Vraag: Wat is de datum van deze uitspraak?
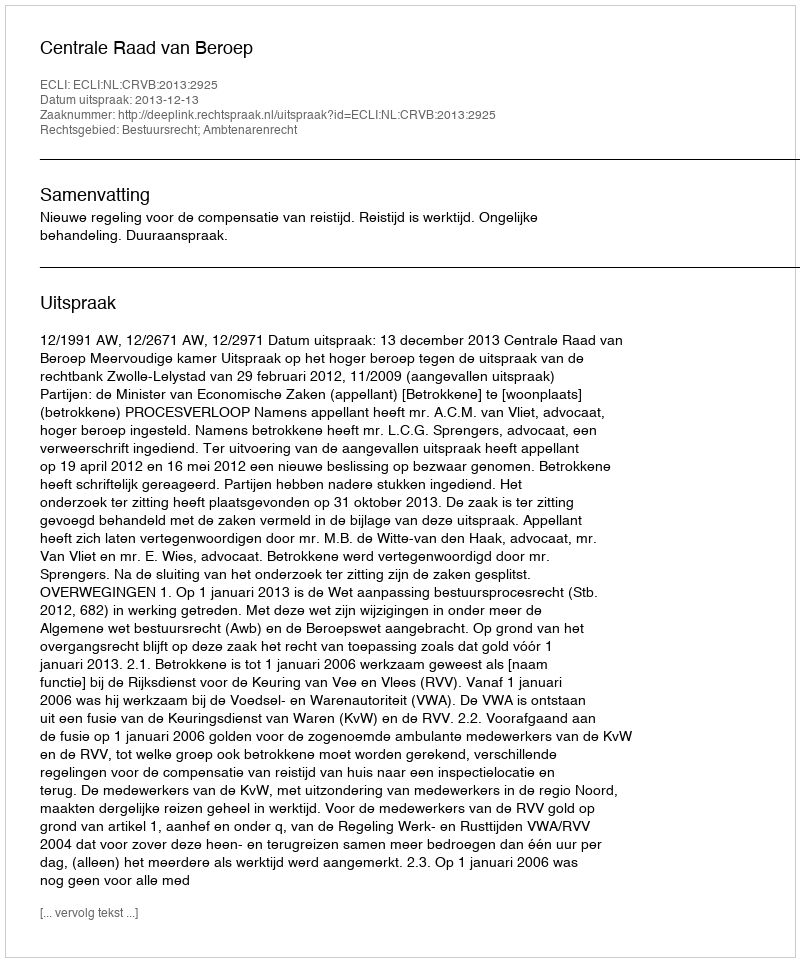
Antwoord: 2013-12-13